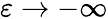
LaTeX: \varepsilon\to-\infty